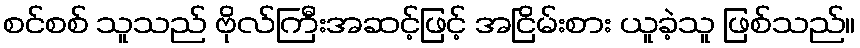
စင်စစ် သူသည် ဗိုလ်ကြီးအဆင့်ဖြင့် အငြိမ်းစား ယူခဲ့သူ ဖြစ်သည်။